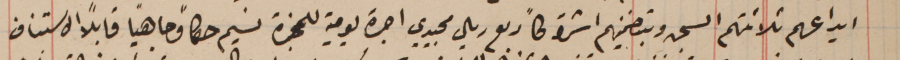
ايداعهم ثلاثتهم السجن وبتضمينهم اشتراكاً ربع ريال مجيدي اجرة يومية للمجزة نسيم حكماً وجاهياً قابلاً الاستناف